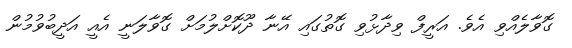
ގޮވާލެއްވި އެވެ. އަރީފް ވިދާޅުވި ގޮތުގައި އޭނާ ދޫކޮށްލުމަށް ގޮވާލަނީ އެއީ އަދީބުވުމުން